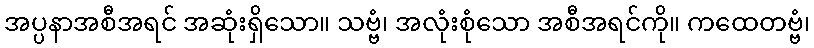
အပ္ပနာအစီအရင် အဆုံးရှိသော။ သဗ္ဗံ၊ အလုံးစုံသော အစီအရင်ကို။ ကထေတဗ္ဗံ၊